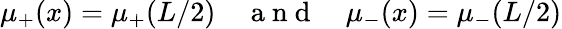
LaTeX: \mu_{+}(x)=\mu_{+}(L/2)\quad\mathrm{~a~n~d~}\quad\mu_{-}(x)=\mu_{-}(L/2)